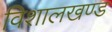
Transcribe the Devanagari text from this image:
विशालखण्ड